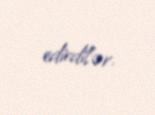
edirdilər.